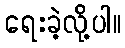
ရေးခဲ့လို့ပါ။